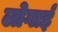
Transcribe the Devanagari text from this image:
लोगाई